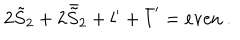
2 { \tilde { S } } _ { 2 } + 2 { \bar { \tilde { S } } } _ { 2 } + l ^ { \prime } + { \bar { l } } ^ { \prime } = \mathrm { e v e n } \ .